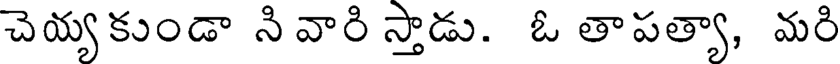
చెయ్యకుండా ని వారి స్తాడు. ఓ తాపత్యా, మరి